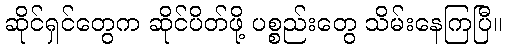
ဆိုင်ရှင်တွေက ဆိုင်ပိတ်ဖို့ ပစ္စည်းတွေ သိမ်းနေကြပြီ။